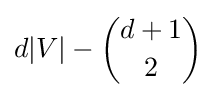
d|V|-{d+1 \choose 2}